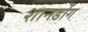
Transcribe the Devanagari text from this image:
शानडोंग